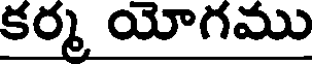
కర్మ యోగము